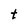
Character: t